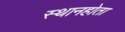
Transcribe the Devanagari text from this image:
स्थानहोता